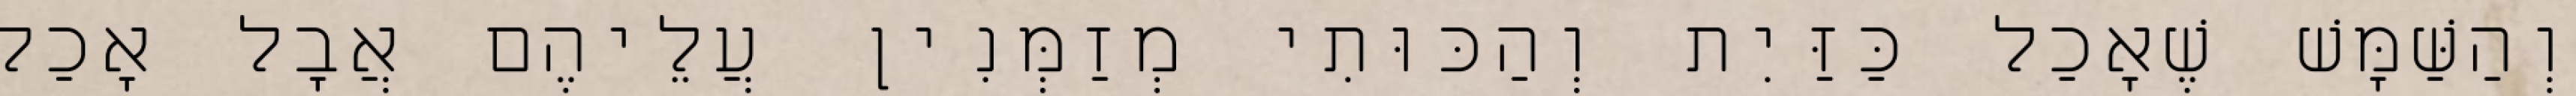
וְהַשַּׁמָּשׁ שֶׁאָכַל כַּזַּיִת וְהַכּוּתִי מְזַמְּנִין עֲלֵיהֶם אֲבָל אָכַל